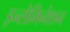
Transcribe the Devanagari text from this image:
इन्सेमिनेशन